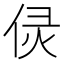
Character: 𠈳